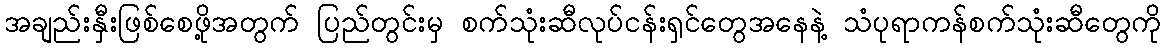
အချည်းနှီးဖြစ်စေဖို့အတွက် ပြည်တွင်းမှ စက်သုံးဆီလုပ်ငန်းရှင်တွေအနေနဲ့ သံပုရာကန်စက်သုံးဆီတွေကို